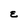
Character: E